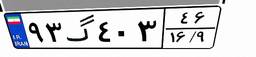
۹۳گ۴۰۳۴۶